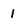
Character: 1